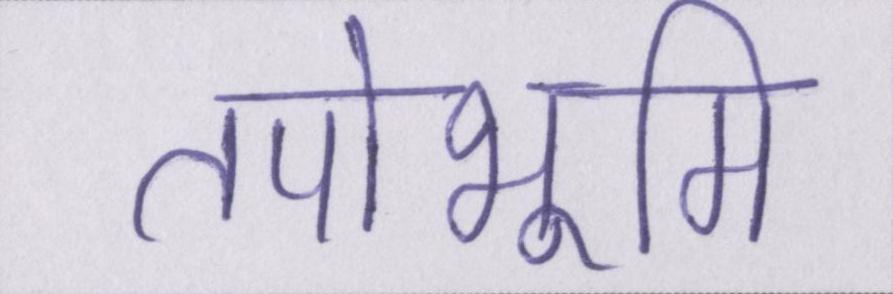
तपोभूमि